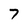
Character: 7